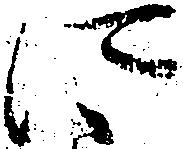
に